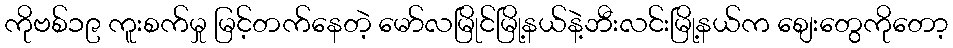
ကိုဗစ်၁၉ ကူးစက်မှု မြင့်တက်နေတဲ့ မော်လမြိုင်မြို့နယ်နဲ့ဘီးလင်းမြို့နယ်က စျေးတွေကိုတော့